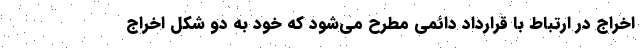
اخراج در ارتباط با قرارداد دائمی مطرح می‌شود که خود به دو شکل اخراج